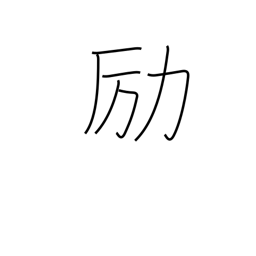
Meaning: be diligent